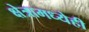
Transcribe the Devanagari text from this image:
क्षेत्रामध्येही